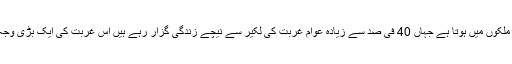
پاکستان کا شمار خطے کے پسماندہ ترین ملکوں میں ہوتا ہے جہاں 40 فی صد سے زیادہ عوام غربت کی لکیر سے نیچے زندگی گزار رہے ہیں اس غربت کی ایک بڑی وجہ اربوں نہیں بلکہ کھربوں کی کرپشن ہے۔